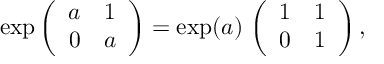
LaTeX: \exp \left( \begin{array} { c c } { { a } } & { { 1 } } \\ { { 0 } } & { { a } } \end{array} \right) = \exp ( a ) \, \left( \begin{array} { c c } { { 1 } } & { { 1 } } \\ { { 0 } } & { { 1 } } \end{array} \right) ,